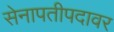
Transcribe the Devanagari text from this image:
सेनापतीपदावर